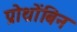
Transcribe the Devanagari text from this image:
प्रोथ्रोंबिन